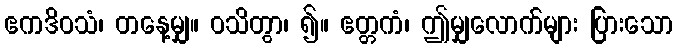
ဧကဒိဝသံ၊ တနေ့မျှ။ ဝသိတွာ၊ ၍။ ဧတ္တကံ၊ ဤမျှလောက်များ ပြားသော